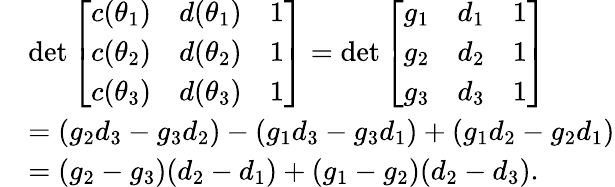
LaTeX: \begin{array}{rl}&{\operatorname*{det}\left[{\begin{array}{ccc}{c(\theta_{1})}&{d(\theta_{1})}&{1}\\ {c(\theta_{2})}&{d(\theta_{2})}&{1}\\ {c(\theta_{3})}&{d(\theta_{3})}&{1}\end{array}}\right]=\operatorname*{det}\left[{\begin{array}{ccc}{g_{1}}&{d_{1}}&{1}\\ {g_{2}}&{d_{2}}&{1}\\ {g_{3}}&{d_{3}}&{1}\end{array}}\right]}\\ &{=(g_{2}d_{3}-g_{3}d_{2})-(g_{1}d_{3}-g_{3}d_{1})+(g_{1}d_{2}-g_{2}d_{1})}\\ &{=(g_{2}-g_{3})(d_{2}-d_{1})+(g_{1}-g_{2})(d_{2}-d_{3}).}\end{array}